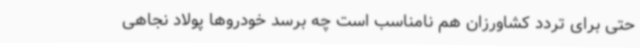
حتی برای تردد کشاورزان هم نامناسب است چه برسد خودروها پولاد نجاهی